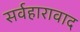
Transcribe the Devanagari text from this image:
सर्वहारावाद